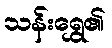
သန်းရွှေ၏